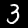
Label: 3